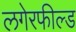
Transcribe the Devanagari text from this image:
लगेरफील्ड